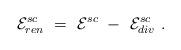
LaTeX: \begin{align*}{\cal E}_{ren}^{sc}\ =\ {\cal E}^{sc}\ -\ {\cal E}_{div}^{sc}\ .\end{align*}